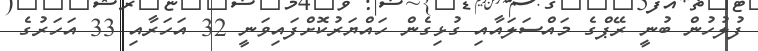
ފުލުހުން ބުނީ ރޭޕްގެ މައްސަލައާއި ގުޅިގެން ހައްޔަރުކޮށްފައިވަނީ 32 އަހަރާއި 33 އަހަރުގެ